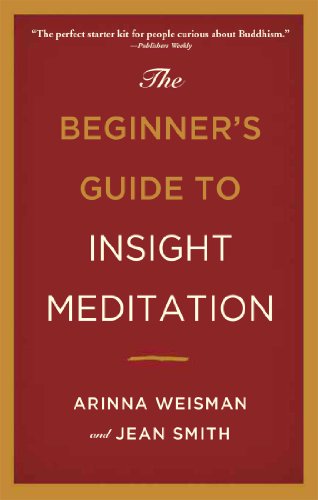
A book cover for The Beginner's Guide to Insight Meditation; Arinna Weisman; Religion & Spirituality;